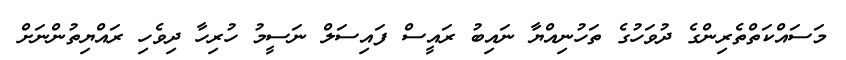
މަސައްކަތްތެރިންގެ ދުވަހުގެ ތަހުނިއްޔާ ނައިބު ރައީސް ފައިސަލް ނަސީމު ހުރިހާ ދިވެހި ރައްޔިތުންނަށް